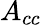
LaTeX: A_{cc}